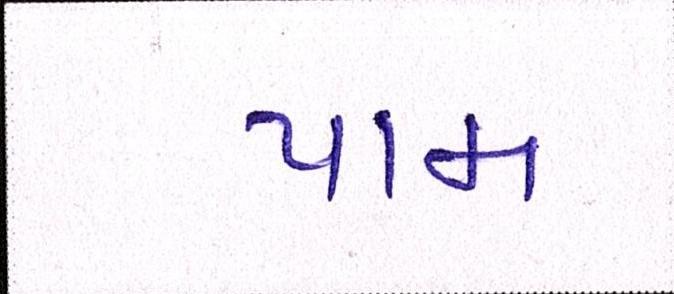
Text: પામ